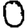
Digit: 0